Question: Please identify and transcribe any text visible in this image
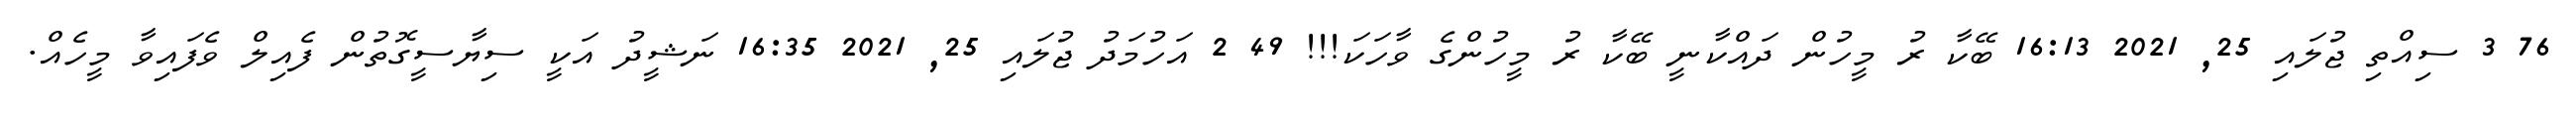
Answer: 76 3 ސިއްތި ޖުލައި 25, 2021 16:13 ބޭކާ ރު މީހުން ދައްކާނީ ބޭކާ ރު މީހުންގެ ވާހަކަ!!! 49 2 އަހުމަދު ޖުލައި 25, 2021 16:35 ނަޝީދު އަކީ ސިޔާސީގޮތުން ފެއިލް ވެފައިވާ މީހެއް.